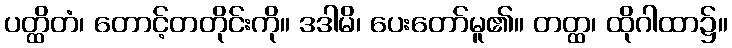
ပတ္ထိတံ၊ တောင့်တတိုင်းကို။ ဒဒါမိ၊ ပေးတော်မူ၏။ တတ္ထ၊ ထိုဂါထာ၌။